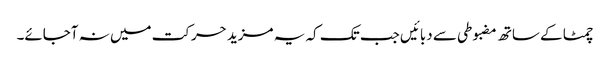
چمٹا کے ساتھ مضبوطی سے دبائیں جب تک کہ یہ مزید حرکت میں نہ آجائے۔